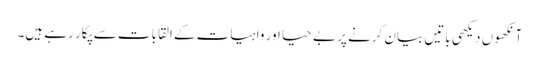
آنکھوں دیکھی باتیں بیان کرنے پر بے حیا اور واہیات کے القابات سے پکار رہے ہیں۔